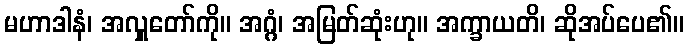
မဟာဒါနံ၊ အလှူတော်ကို။ အဂ္ဂံ၊ အမြတ်ဆုံးဟု။ အက္ခာယတိ၊ ဆိုအပ်ပေ၏။